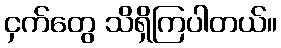
ငှက်တွေ သိရှိကြပါတယ်။